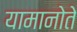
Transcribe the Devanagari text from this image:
यामानोते